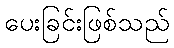
ပေးခြင်းဖြစ်သည်